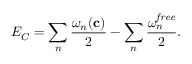
E _ { C } = \sum _ { n } { \frac { \omega _ { n } ( { \bf c } ) } { 2 } } - \sum _ { n } { \frac { \omega _ { n } ^ { \it f r e e } } { 2 } } .